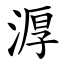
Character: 㴟